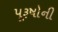
પૂરૂષોની